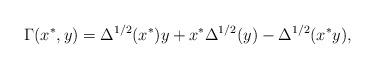
LaTeX: \begin{align*}\Gamma(x^*, y) = \Delta^{1/2}(x^*) y + x^* \Delta^{1/2}(y) - \Delta^{1/2}(x^* y),\end{align*}